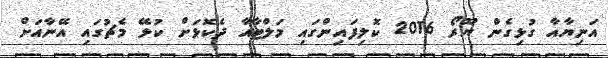
އަނިޔާއާ ގުޅިގެން ޔޫރޯ 2016 ކޮލިފައިންގައި މަލްޓާއާ ދެކޮޅަށް ކުޅޭ މެޗުގައި އޭނާއަށް